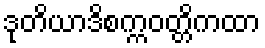
ဒုတိယာဒိစက္ကဝတ္တိကထာ